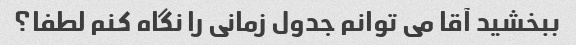
ببخشید آقا می توانم جدول زمانی را نگاه کنم لطفا؟